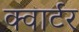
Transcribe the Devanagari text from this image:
क्‍वार्टर